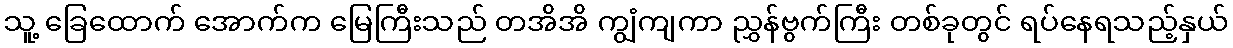
သူ့ ခြေထောက် အောက်က မြေကြီးသည် တအိအိ ကျွံကျကာ ညွှန်ဗွက်ကြီး တစ်ခုတွင် ရပ်နေရသည့်နှယ်